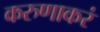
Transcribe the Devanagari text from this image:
करुणाकरं